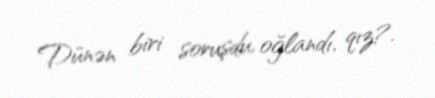
Dünən biri soruşdu, oğlandı, qız?.